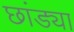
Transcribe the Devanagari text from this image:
छांड्या